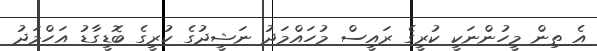
އެ ތިން މީހުންނަކީ ކުރީގެ ރައީސް މުހައްމަދު ނަޝީދުގެ ކުރީގެ ބޮޑީގާޑު އަހްމަދު